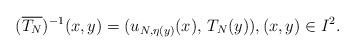
\begin{align*} (\overline{T_N})^{-1}(x, y)= (u_{N,\eta(y)}(x), \,T_N(y)), (x, y) \in I^2.\end{align*}